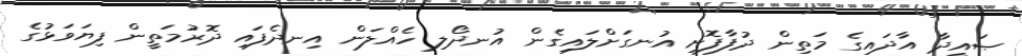
ޞައީދާ އާދައިގެ މަތިން ދުފާފޮށި އުނގަށްލައިގެން އުނދޯލި ހެއްލަން އިނދެފައި ދޮރުމަތީން ފިޔަވަޅުގެ